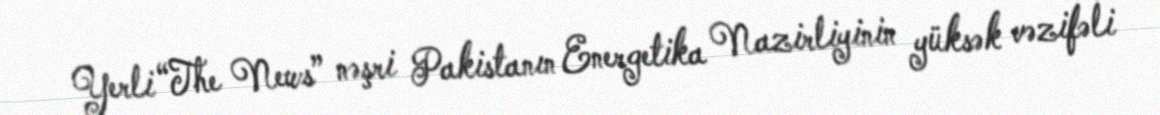
Yerli “The News” nəşri Pakistanın Energetika Nazirliyinin yüksək vəzifəli